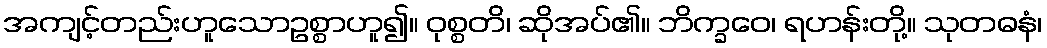
အကျင့်တည်းဟူသောဥစ္စာဟူ၍။ ဝုစ္စတိ၊ ဆိုအပ်၏။ ဘိက္ခဝေ၊ ရဟန်းတို့။ သုတဓနံ၊